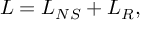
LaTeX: \cal { L } = \cal { L } _ { N S } + \cal { L } _ { R } ,